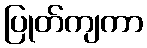
ပြုတ်ကျကာ